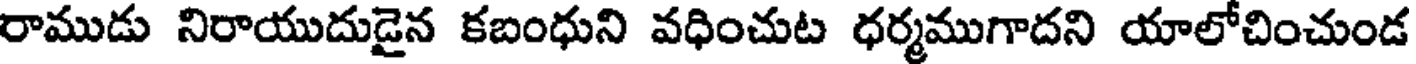
రాముడు నిరాయుదుడైన కబంధుని వధించుట ధర్మముగాదని యాలోచించుండ